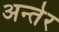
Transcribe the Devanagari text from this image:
अन्तेर